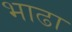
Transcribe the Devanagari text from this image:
भाढा